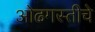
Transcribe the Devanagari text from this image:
ओढगस्तीचे